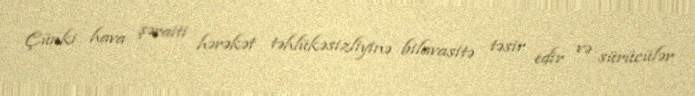
Çünki hava şəraiti hərəkət təhlükəsizliyinə bilavasitə təsir edir və sürücülər